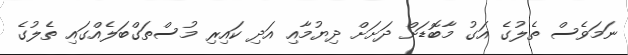
ނަމަވެސް ތެލުގެ އަގު މާބޮޑަށް ދަށަށް ދިޔުމާއި އަދި ކައިރި މުސްތަގްބަލެއްގައި ތެލުގެ